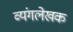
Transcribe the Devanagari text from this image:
व्यंगलेखक